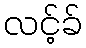
လင့်ခ်